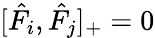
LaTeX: [\hat{F}_{i},\hat{F}_{j}]_{+}=0